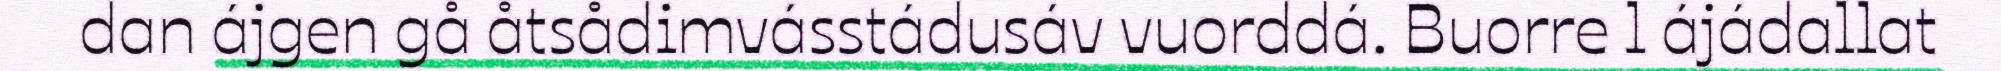
dan ájgen gå åtsådimvásstádusáv vuorddá. Buorre l ájádallat